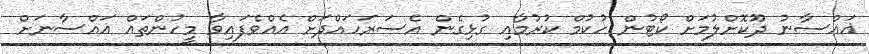
ޣައްސާނު ދޫކޮށްލުމަށް ކޯޓުން ހުކުމް ކުރުމާއި ގުޅިގެން އެސަރަހައްދަށް އެއްވެފައިވާ މީހުންތައް ޣައްސާނަށް